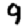
Digit: 9